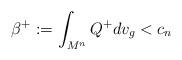
LaTeX: \begin{align*}\beta^+:= \int_{M^n}Q^{+}dv_g < c_n\end{align*}